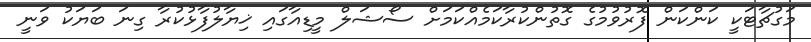
މަގުޗާޓަކީ ކަންކަން ފޮރުވުމުގެ ގޮތުންކުރާކަމެއްކަމަށް ސޯޝަލް މީޑިއާގައި ޚިޔާލުފާޅުކުރާ ގިނަ ބަޔަކު ވަނީ